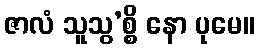
ဇာလံ သူသွ’စ္စိ နော ပုမေ။